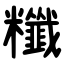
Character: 䊱